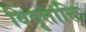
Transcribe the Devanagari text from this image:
विवृतोक्ति